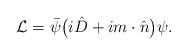
LaTeX: \begin{align*} \hspace{1.0cm} {\cal L}= \bar\psi \big(i\hat D +im\cdot\hat n\big)\psi.\end{align*}